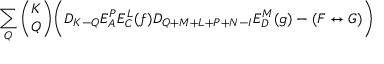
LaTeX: \sum _ { Q } { \binom { K } { Q } } \biggl ( D _ { K - Q } E _ { A } ^ { P } E _ { C } ^ { L } ( f ) D _ { Q + M + L + P + N - I } E _ { D } ^ { M } ( g ) - ( F \leftrightarrow G ) \biggr )